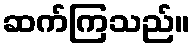
ဆက်ကြသည်။